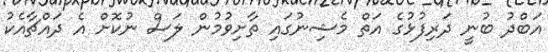
އަބްދު ބުނީ ދަރިފުޅުގެ އަތް މެޝިނުގައި ތާށިވުމުން ލަސް ނުކޮށް އެ ދައްޗާއެކު